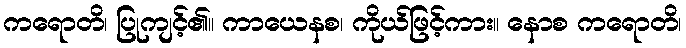
ကရောတိ၊ ပြုကျင့်၏။ ကာယေနစ၊ ကိုယ်ဖြင့်ကား။ နောစ ကရောတိ၊